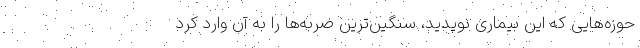
حوزه‌هایی که این بیماری نوپدید، سنگین‌ترین ضربه‌ها را به آن وارد کرد